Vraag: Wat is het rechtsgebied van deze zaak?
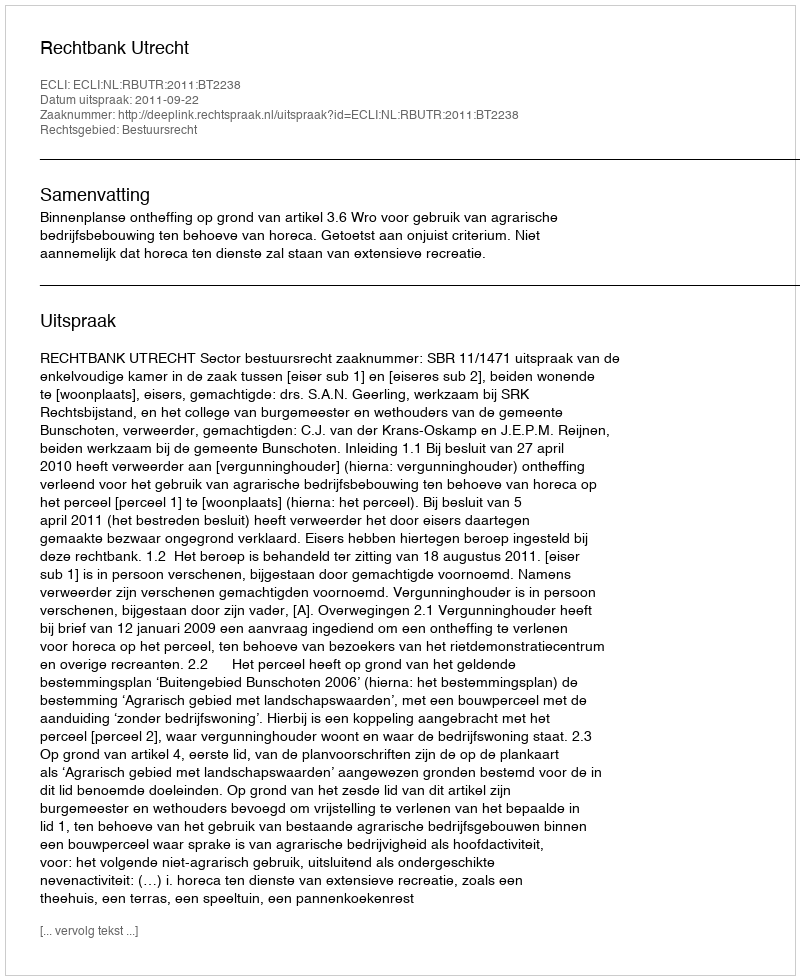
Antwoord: Bestuursrecht